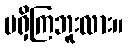
မရှိကြဘူးလား။